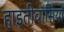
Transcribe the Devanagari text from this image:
हाइतीवासियों